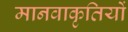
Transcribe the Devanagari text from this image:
मानवाकृतियों